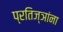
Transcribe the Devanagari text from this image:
प्रतिज्ञांना